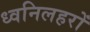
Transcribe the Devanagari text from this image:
ध्वनिलहरों